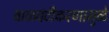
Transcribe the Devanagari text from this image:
वाळवंटीकरणामुळे